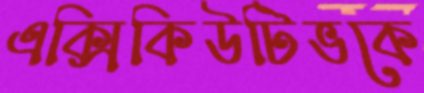
এক্সিকিউটিভকে